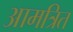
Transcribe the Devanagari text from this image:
आमत्रित